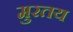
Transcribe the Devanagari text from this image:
मुरतय